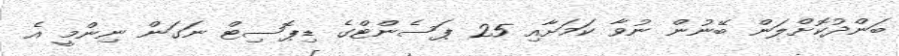
ބަންދުކޮށްލަން ބޭނުން ނުވާ ކަމަށާއި 25 ޕަސެންޓްގެ ޑިޕޮސިޓް ނަގަން ނިންމީ އެ